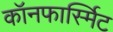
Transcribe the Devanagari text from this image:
कॉनफार्स्मिट